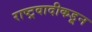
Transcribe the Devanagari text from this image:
राष्ट्रवादीकडून